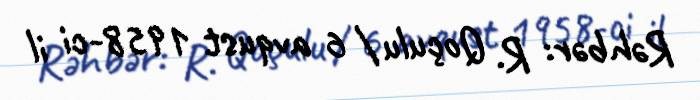
Rəhbər: R. Qoçulu / 6 avqust 1958-ci il